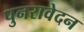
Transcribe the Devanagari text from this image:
पुनरावेदन